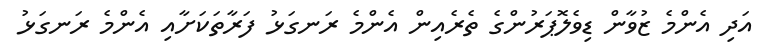
އަދި އެންމެ ޒުވާން ޑިވެލޮޕަރުންގެ ތެރެއިން އެންމެ ރަނގަޅު ފަރާތަކަށާއި އެންމެ ރަނގަޅު